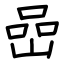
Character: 嵒